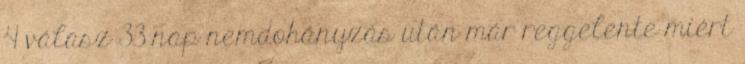
4 válasz 33 nap nemdohányzás után már reggelente miért